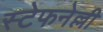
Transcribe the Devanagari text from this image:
स्टेफनेल्ली